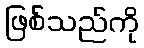
ဖြစ်သည်ကို